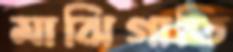
মাঝিগাতি